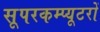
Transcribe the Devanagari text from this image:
सूपरकम्प्यूटरों